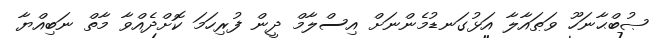
ޞުބްޙާނަހޫ ވަޠައާލާ އަޅުގަނޑުމެންނަށް އިސްލާމް ދީން ފުރިހަމަ ކޮށްދެއްވާ މާތް ނަބިއްޔާ